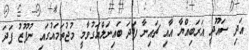
އަދި ސައޫދީ އަރަބިއްޔާ އާއި ޗައިނާ ފަދަ ބައިނަލްއަގުވާމީ މުޖުތަމައުގައި ނުފޫޒު ފަދަ